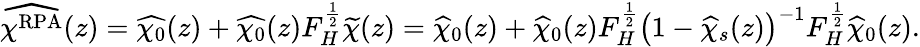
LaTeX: \begin{array}{r}{\widehat{\chi^{\mathrm{RPA}}}(z)=\widehat{\chi_{0}}(z)+\widehat{\chi_{0}}(z)F_{H}^{\frac 12}\widetilde{\chi}(z)=\widehat{\chi}_{0}(z)+\widehat{\chi}_{0}(z)F_{H}^{\frac 12}\bigr(1-\widehat{\chi}_{s}(z)\bigr)^{-1}F_{H}^{\frac 12}\widehat{\chi}_{0}(z).}\end{array}